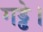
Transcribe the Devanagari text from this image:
गड्ढे।